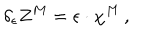
\delta _ { \epsilon } Z ^ { M } = \epsilon \cdot \chi ^ { M } \, ,